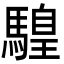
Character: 𩥧